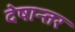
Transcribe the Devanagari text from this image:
देषान्‍तर